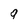
Character: 9